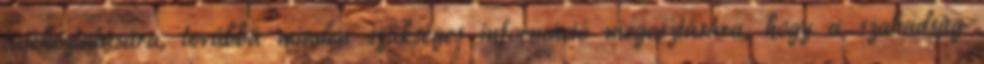
tájékoztatására, továbbá minden szükséges információ megosztására, hogy a szabadság